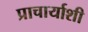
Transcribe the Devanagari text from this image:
प्राचार्याशी